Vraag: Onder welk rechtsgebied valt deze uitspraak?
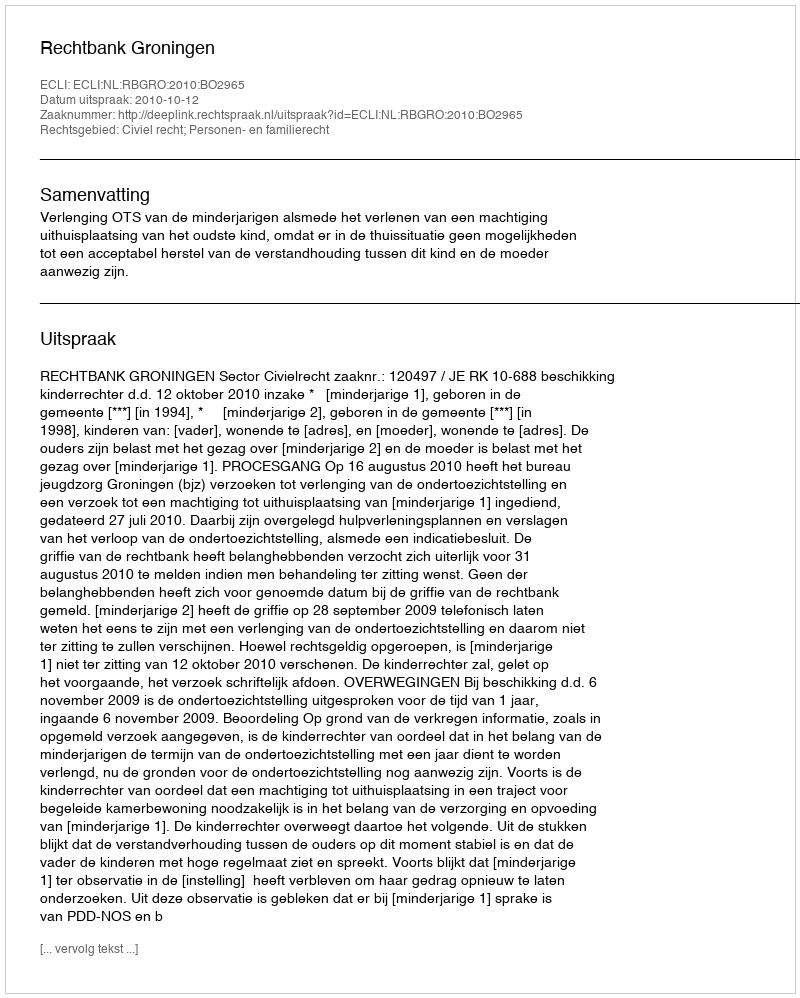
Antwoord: Civiel recht; Personen- en familierecht